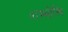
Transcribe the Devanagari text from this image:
शम्भोस्त्रि